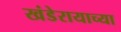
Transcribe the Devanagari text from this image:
खंडेरायाच्या